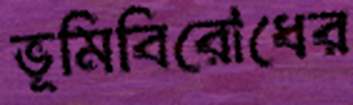
ভূমিবিরোধের